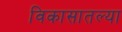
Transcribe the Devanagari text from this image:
विकासातल्या